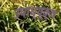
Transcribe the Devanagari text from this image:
उपाध्य्क्ष